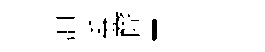
油番窿「